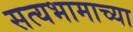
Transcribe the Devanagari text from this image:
सत्यभामाच्या